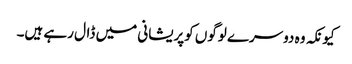
کیونکہ وہ دوسرے لوگوں کوپریشانی میں ڈال رہے ہیں۔